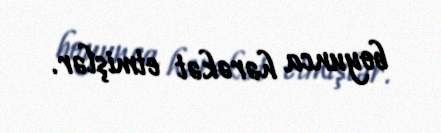
boyunca hərəkət etmişlər.